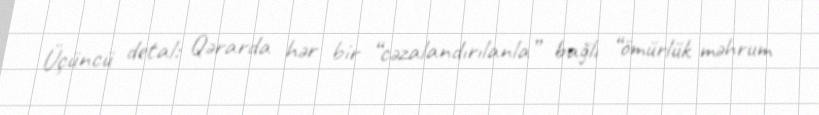
Üçüncü detal: Qərarda hər bir “cəzalandırılanla” bağlı “ömürlük məhrum